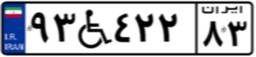
۴۲W۳۶۰۸۰